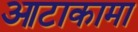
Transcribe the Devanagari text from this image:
आटाकामा